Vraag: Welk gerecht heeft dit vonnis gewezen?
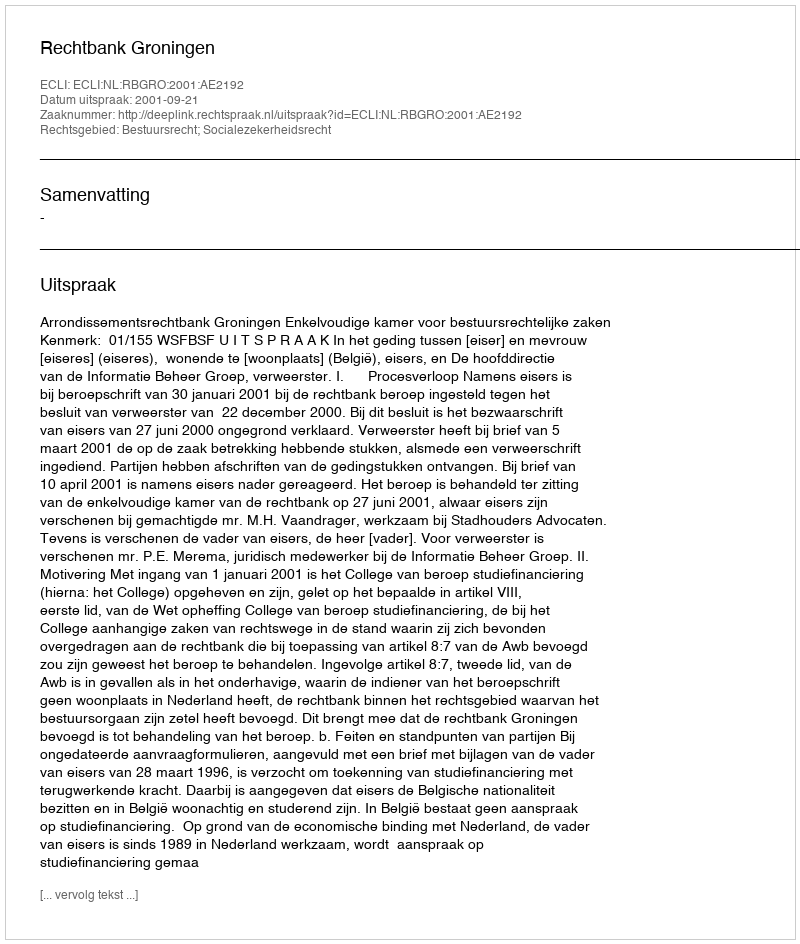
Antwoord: Rechtbank Groningen